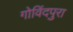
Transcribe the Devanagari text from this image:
गोविंदपुरा